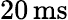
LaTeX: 20\, \mathrm{ms}